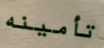
تأمينه